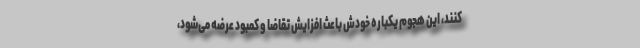
‌کنند، این هجوم یکباره خودش باعث افزایش تقاضا و کمبود عرضه می‌شود،